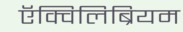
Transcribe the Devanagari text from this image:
ऍक्विलिब्रियम